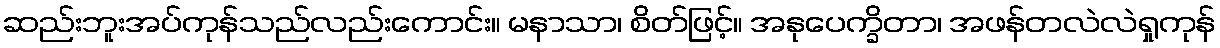
ဆည်းဘူးအပ်ကုန်သည်လည်းကောင်း။ မနာသာ၊ စိတ်ဖြင့်။ အနုပေက္ခိတာ၊ အဖန်တလဲလဲရှုကုန်